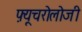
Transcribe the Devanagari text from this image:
फ़्यूचरोलोजी